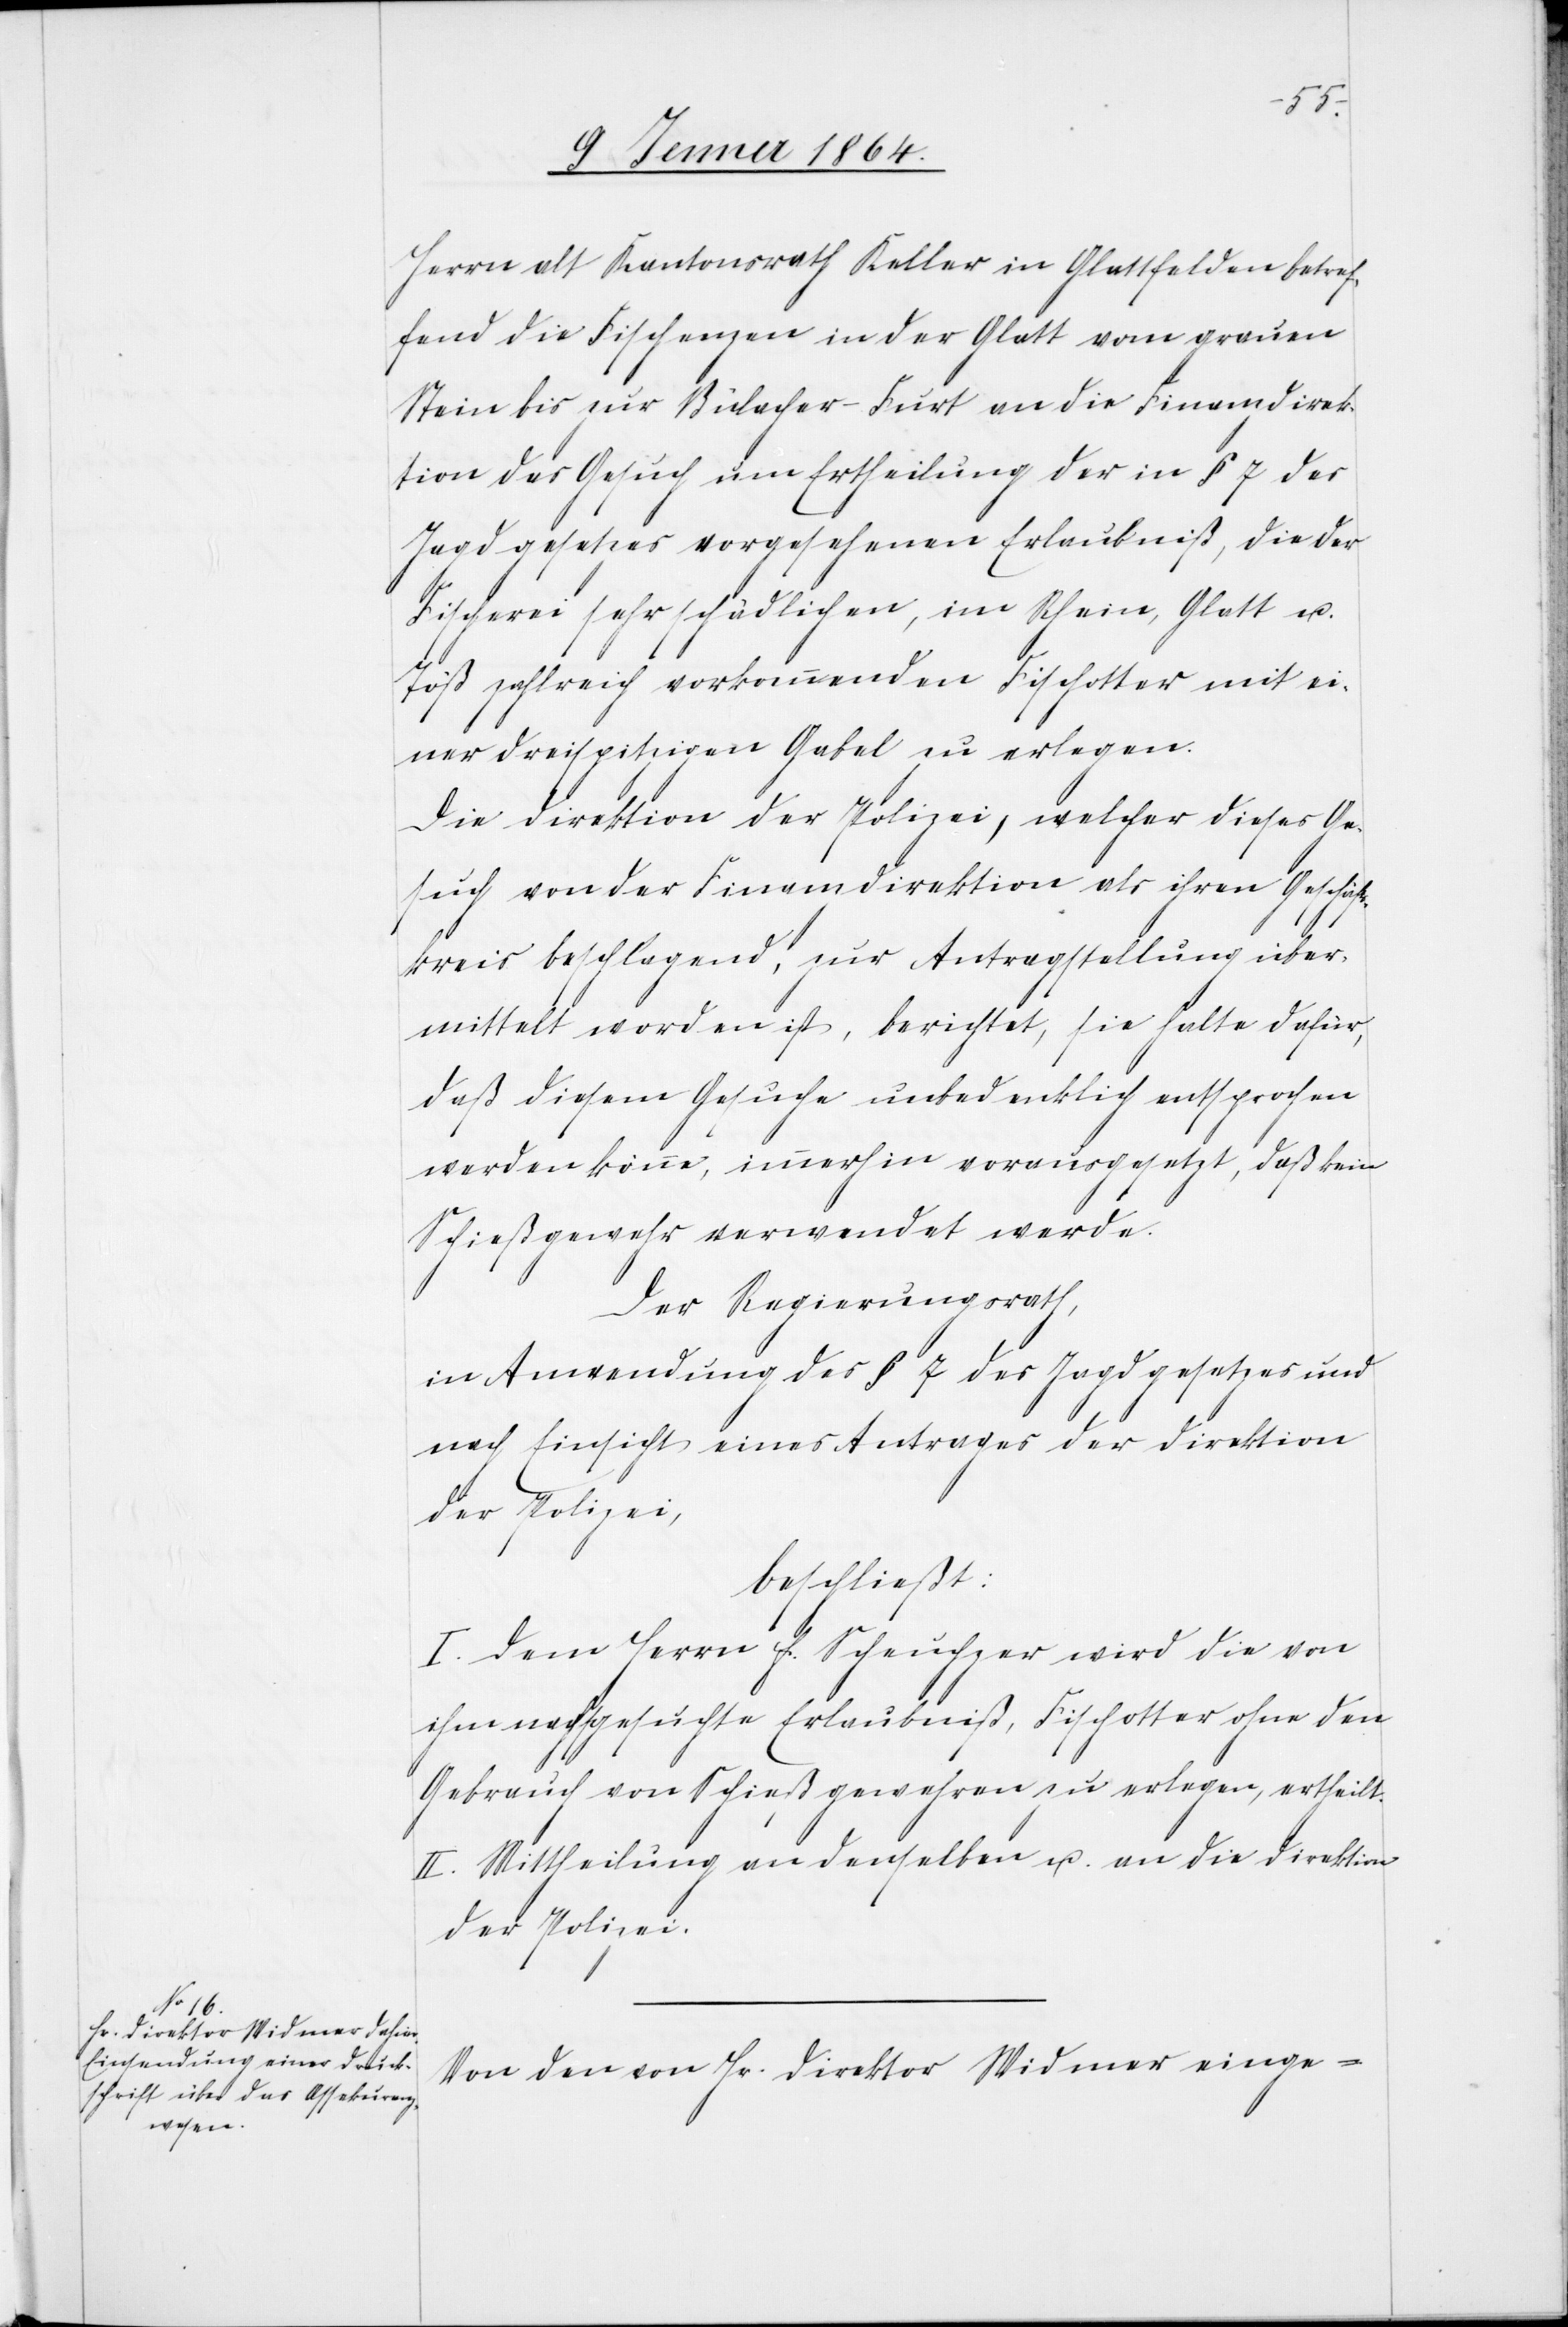
Herrn alt Kantonsrath Keller in Glattfelden betref¬
fend die Fischenzen in der Glatt vom grauen
Stein bis zur Bülacher-Furt an die Finanzdirek¬
tion das Gesuch um Ertheilung der in § 7 des
Jagdgesetzes vorgesehenen Erlaubniß, die der
Fischerei sehr schädlichen, im Rhein, Glatt u.
Töß zahlreich vorkommenden Fischotter mit ei¬
ner dreispitzigen Gabel zu erlegen.
Die Direktion der Polizei, welcher dieses Ge¬
such von der Finanzdirektion als ihren Geschäfts¬
kreis beschlagend, zur Antragstellung über¬
mittelt worden ist, berichtet, sie halte dafür,
daß diesem Gesuche unbedenklich entsprochen
werden könne, immerhin vorausgesetzt, daß kein
Schießgewehr verwendet werde.
Der Regierungsrath,
in Anwendung des § 7 des Jagdgesetzes und
nach Einsicht eines Antrages der Direktion
der Polizei.
beschließt:
I. Dem Herrn F. Scheuchzer wird die von
ihm nachgesuchte Erlaubniß, Fischotter ohne den
Gebrauch von Schießgewehren zu erlegen, ertheilt.
II. Mittheilung an denselben u. an die Direktion
Von den von Hr. Direktor Widmer einge-